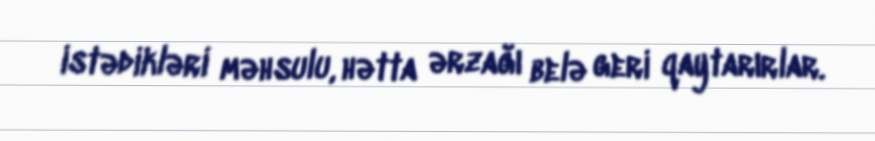
istədikləri məhsulu, hətta ərzağı belə geri qaytarırlar.